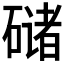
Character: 𰧘